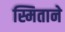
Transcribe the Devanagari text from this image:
स्मिताने